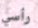
رأسي